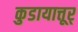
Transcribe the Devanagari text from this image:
कुडायात्तूर्